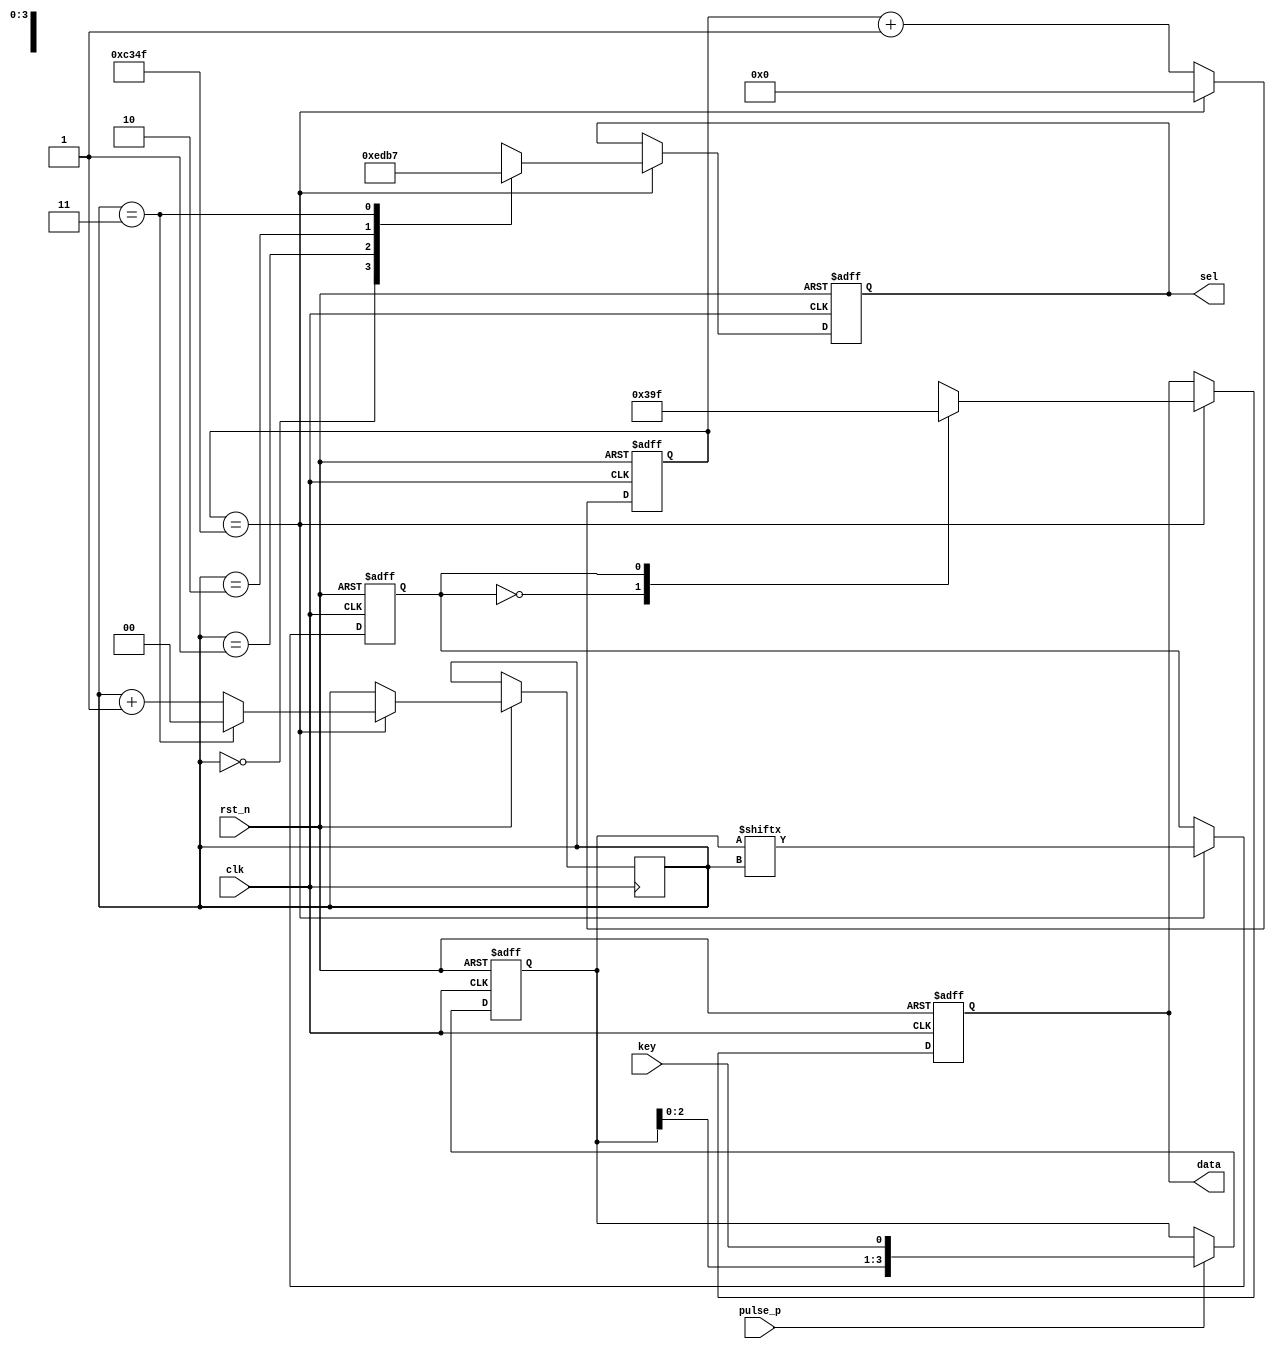
`timescale 1ns / 1ps
//////////////////////////////////////////////////////////////////////////////////
// Company: 
// Engineer: 
// 
// Design Name: 
// Module Name:    Show_Digital 
// Project Name: 
// Target Devices: 
// Tool versions: 
// Description: 
//
// Dependencies: 
//
// Revision: 
// Revision 0.01 - File Created
// Additional Comments: 
//
//////////////////////////////////////////////////////////////////////////////////
module Show_Digital(
input					clk,
input					rst_n,
input					key,
input					pulse_p,
output reg [3:0]  sel,
output reg [7:0]	data
    );

reg	[15:0]	count = 16'h0;
reg	[1:0]		choose = 2'h0;	 
reg	[3:0]		save = 4'h0;
reg				out_num = 1'h0;

always@(posedge clk or negedge rst_n)
	begin
		if(~rst_n)
			count <= 16'h0;
		else if(count == /*16'd10)*/16'd49_999)
			count <= 16'h0;
		else
			count <= count + 1'h1;
	end

always@(posedge clk or negedge rst_n)
	begin
		if(~rst_n)
			save <= 4'h0;
		else if(pulse_p)
			save <= {save[2:0],key};
		else
			save <= save;
	end

always@(posedge clk or negedge rst_n)
	begin
		if(~rst_n)
			sel <= 4'b0000;
		else if(count == /*16'd10)*/16'd49_999)
			begin
				case(choose)
					4'h0:		sel <= 4'b1110;
					4'h1:		sel <= 4'b1101;
					4'h2:		sel <= 4'b1011;
					4'h3:		sel <= 4'b0111;
					default:	sel <= 4'b1111;
				endcase
				if(choose == 4'h3)
					choose <= 4'h0;
				else
					choose <= choose + 4'h1;
			end
		else
			sel <= sel; 
	end

always@(posedge clk or negedge rst_n)
	begin
		if(~rst_n)
			out_num <= 1'h0;
		else if(count == /*16'd10)*/16'd49_999)
			out_num <= save[choose];
		else
			out_num <= out_num;
	end

always@(posedge clk or negedge rst_n)
	begin
		if(~rst_n)
			data <= 8'b0000_0011;
		else if(count == /*16'd10)*/16'd49_999)
			begin
				case(out_num)
					1'h0:			data <= 8'b0000_0011;
					1'h1:			data <= 8'b1001_1111;
					default:		data <= 8'b1111_1111;
				endcase
			end
		else
			data <= data;
	end

endmodule